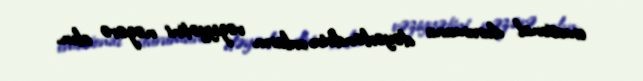
emosional durumunu dəyərləndirin, onların vəziyyətini nəzərə alın.